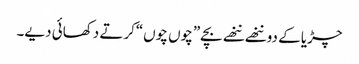
چڑیا کے دو ننھے ننھے بچے”چوں چوں“کرتے دکھائی دیے۔